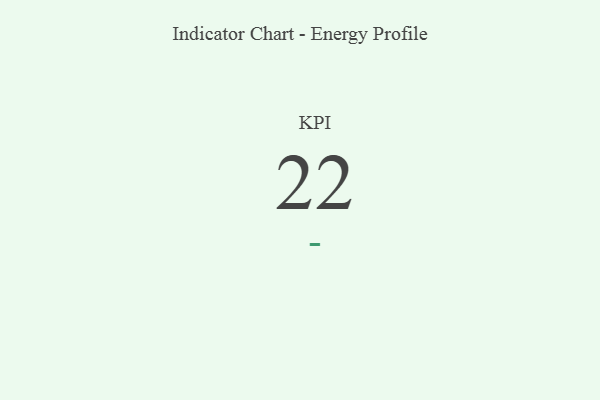
{"axis": {"x": "KPI", "y": "Value"}, "legend": [""], "data": [{"x": "KPI", "y": 22, "type": ""}]}